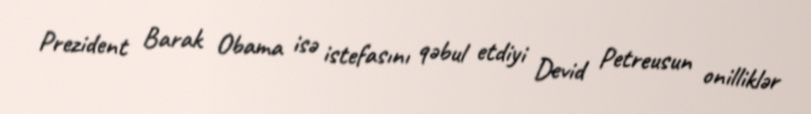
Prezident Barak Obama isə istefasını qəbul etdiyi Devid Petreusun onilliklər